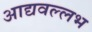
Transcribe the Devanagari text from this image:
आद्यवल्लभ